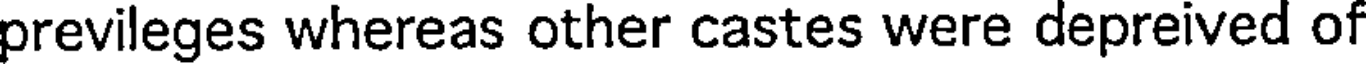
previleges whereas other castes were depreived of